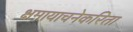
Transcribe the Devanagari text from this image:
क्षमायाचनेकरिता